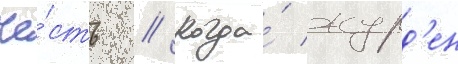
че́сть // Когда́ журд'ен